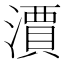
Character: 𣿦